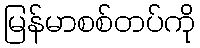
မြန်မာစစ်တပ်ကို